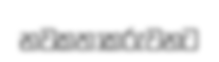
නවකතාකරුවනට